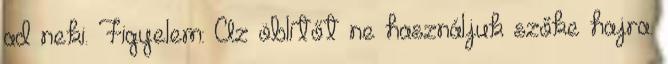
ad neki. Figyelem: Az öblítőt ne használjuk szőke hajra.